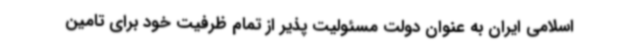
اسلامی ایران به عنوان دولت مسئولیت پذیر از تمام ظرفیت خود برای تامین